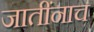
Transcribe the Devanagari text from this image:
जातींनाच